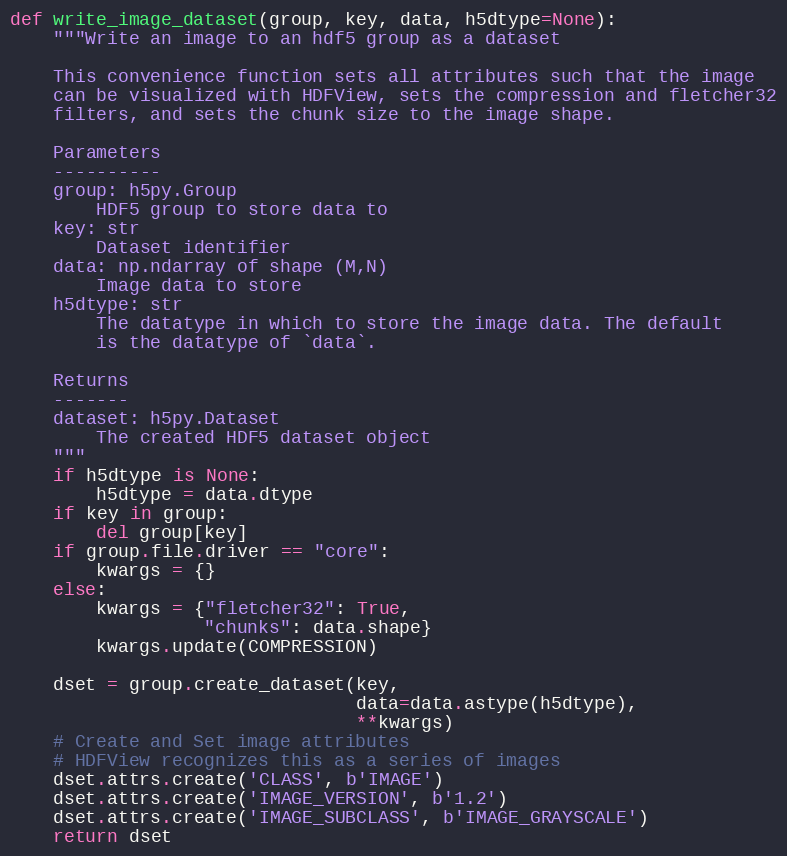
Language: Python
def write_image_dataset(group, key, data, h5dtype=None):
    """Write an image to an hdf5 group as a dataset

    This convenience function sets all attributes such that the image
    can be visualized with HDFView, sets the compression and fletcher32
    filters, and sets the chunk size to the image shape.

    Parameters
    ----------
    group: h5py.Group
        HDF5 group to store data to
    key: str
        Dataset identifier
    data: np.ndarray of shape (M,N)
        Image data to store
    h5dtype: str
        The datatype in which to store the image data. The default
        is the datatype of `data`.

    Returns
    -------
    dataset: h5py.Dataset
        The created HDF5 dataset object
    """
    if h5dtype is None:
        h5dtype = data.dtype
    if key in group:
        del group[key]
    if group.file.driver == "core":
        kwargs = {}
    else:
        kwargs = {"fletcher32": True,
                  "chunks": data.shape}
        kwargs.update(COMPRESSION)

    dset = group.create_dataset(key,
                                data=data.astype(h5dtype),
                                **kwargs)
    # Create and Set image attributes
    # HDFView recognizes this as a series of images
    dset.attrs.create('CLASS', b'IMAGE')
    dset.attrs.create('IMAGE_VERSION', b'1.2')
    dset.attrs.create('IMAGE_SUBCLASS', b'IMAGE_GRAYSCALE')
    return dset